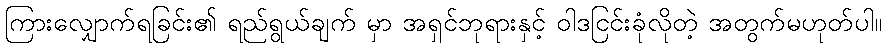
ကြားလျှောက်ရခြင်း၏ ရည်ရွယ်ချက် မှာ အရှင်ဘုရားနှင့် ဝါဒငြင်းခုံလိုတဲ့ အတွက်မဟုတ်ပါ။